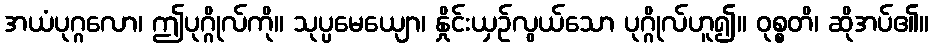
အယံပုဂ္ဂလော၊ ဤပုဂ္ဂိုလ်ကို။ သုပ္ပမေယျော၊ နှိုင်းယှဉ်လွယ်သော ပုဂ္ဂိုလ်ဟူ၍။ ဝုစ္စတိ၊ ဆိုအပ်၏။